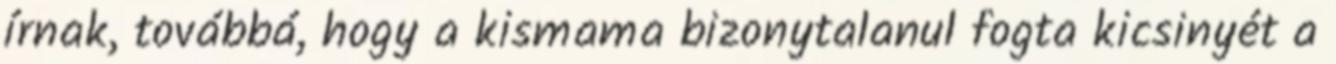
írnak, továbbá, hogy a kismama bizonytalanul fogta kicsinyét a